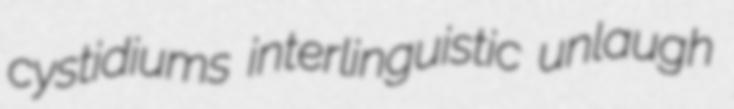
cystidiums interlinguistic unlaugh